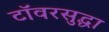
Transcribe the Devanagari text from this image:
टॉवरसुद्धा